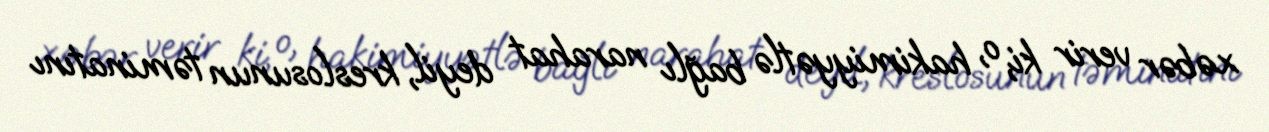
xəbər verir ki, o, hakimiyyətlə bağlı narahat deyil, kreslosunun təminatını